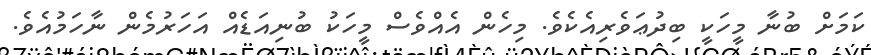
ކަމަށް ބުނާ މީހަކީ ބިދުޢަވެރިއެކެވެ. މިހެން އެއްވެސް މީހަކު ބުނިއަޑެއް އަހަރުމެން ނާހަމުއެވެ.